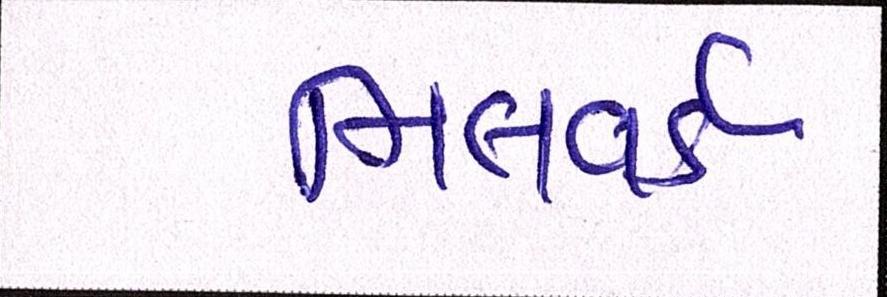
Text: મિલવર્ડ